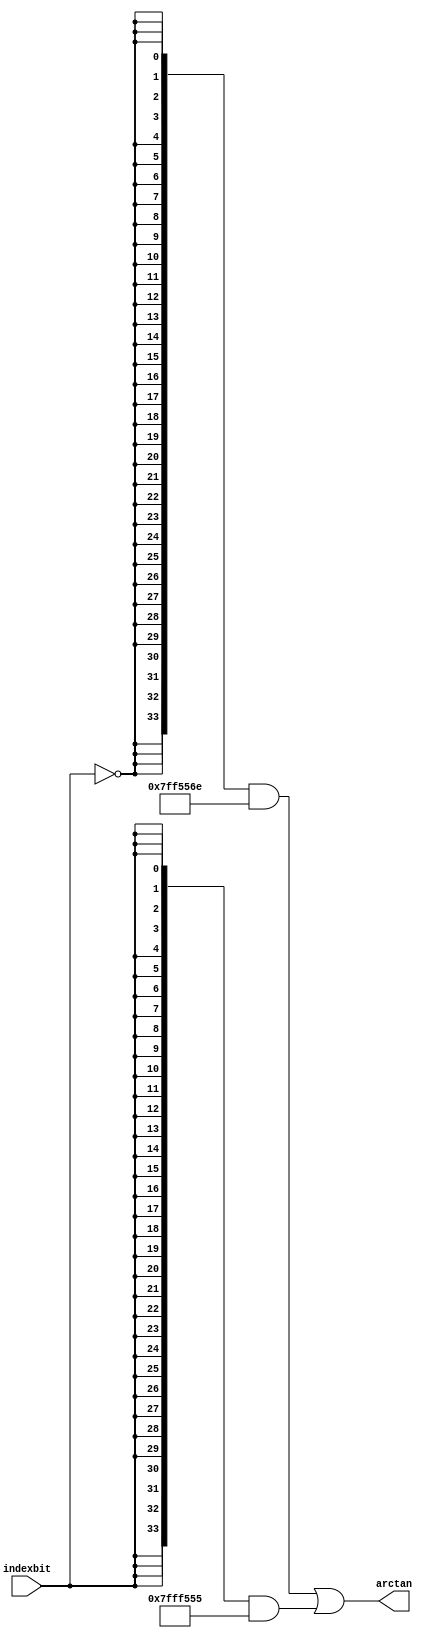
module  sin_altfp_sincos_cordic_atan_95b
	(
	arctan,
	indexbit) ;
	output   [33:0]  arctan;
	input   indexbit;
`ifndef ALTERA_RESERVED_QIS
// synopsys translate_off
`endif
	tri0   indexbit;
`ifndef ALTERA_RESERVED_QIS
// synopsys translate_on
`endif
	wire  [47:0]  valuenode_5_w;
	wire  [47:0]  valuenode_7_w;
	assign
		arctan = (({34{(~ indexbit)}} & valuenode_5_w[47:14]) | ({34{indexbit}} & valuenode_7_w[45:12])),
		valuenode_5_w = 48'b000000011111111111010101010110111011101010010111,
		valuenode_7_w = 48'b000000000111111111111111010101010101011011101111;
endmodule